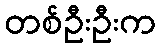
တစ်ဦးဦးက